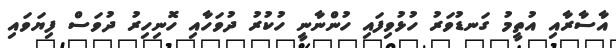
އާސާރާއި އުތީމު ގަނޑުވަރު ހުޅުވިފައި ހުންނާނީ ހުކުރު ދުވަހާއި ހޮނިހިރު ދުވަސް ފިޔަވައި